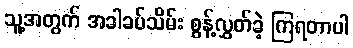
သူ့အတွက် အခါခပ်သိမ်း စွန့်လွှတ်ခဲ့ ကြရတာပါ